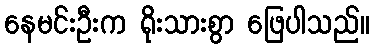
နေမင်းဦးက ရိုးသားစွာ ဖြေပါသည်။